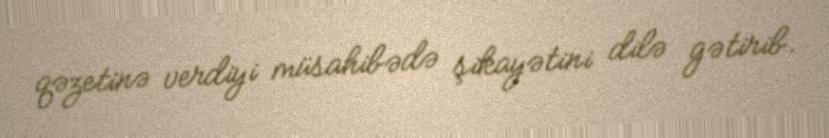
qəzetinə verdiyi müsahibədə şikayətini dilə gətirib.